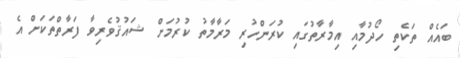
ބައެއް ތަކެތި ހޯދުމާއި އިމާރާތުގައި ކުރަންހުރި މަރާމާތު ކުރުމަށް ޝައުޤުވެރިވާ ފަރާތްތަކަށް އެ